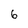
Character: 6